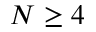
N \geq 4